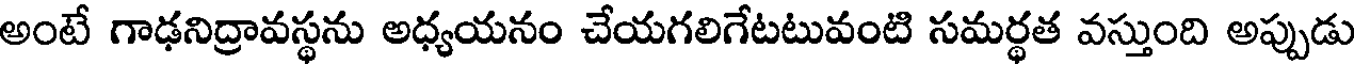
అంటే గాఢనిద్రావస్థను అధ్యయనం చేయగలిగేటటువంటి సమర్థత వస్తుంది అప్పుడు